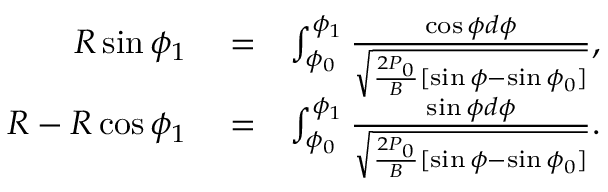
\begin{array} { r l r } { R \sin \phi _ { 1 } } & { { } = } & { \int _ { \phi _ { 0 } } ^ { \phi _ { 1 } } \frac { \cos \phi d \phi } { \sqrt { \frac { 2 P _ { 0 } } { B } [ \sin \phi - \sin \phi _ { 0 } ] } } , } \\ { R - R \cos \phi _ { 1 } } & { { } = } & { \int _ { \phi _ { 0 } } ^ { \phi _ { 1 } } \frac { \sin \phi d \phi } { \sqrt { \frac { 2 P _ { 0 } } { B } [ \sin \phi - \sin \phi _ { 0 } ] } } . } \end{array}